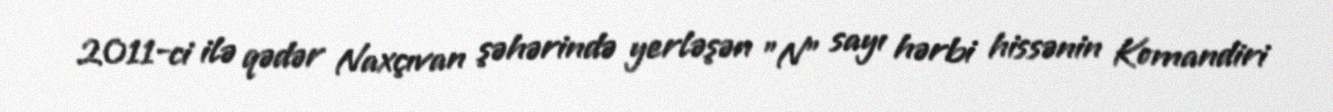
2011-ci ilə qədər Naxçıvan şəhərində yerləşən "N" sayı hərbi hissənin Komandiri